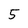
Character: 5